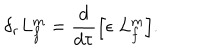
\delta _ { r } L _ { f } ^ { m } = \frac { d } { d \tau } \Bigl [ \epsilon \; L _ { f } ^ { m } \Bigr ] .